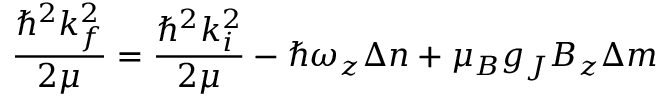
\frac { \hbar ^ { 2 } k _ { f } ^ { 2 } } { 2 \mu } = \frac { \hbar ^ { 2 } k _ { i } ^ { 2 } } { 2 \mu } - \hbar \omega _ { z } \Delta n + \mu _ { B } g _ { J } B _ { z } \Delta m